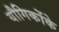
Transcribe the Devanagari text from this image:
यौगिकोंके